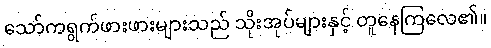
သော်ကရွက်ဖားဖားများသည် သိုးအုပ်များနှင့် တူနေကြလေ၏။